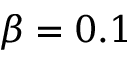
\beta = 0 . 1